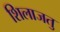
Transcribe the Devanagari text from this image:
शिलाजतु